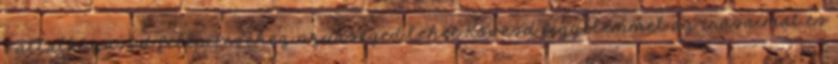
vállalkozásod felépítéséhez szükséged lehet Kövesd figyelemmel az írásaimat és